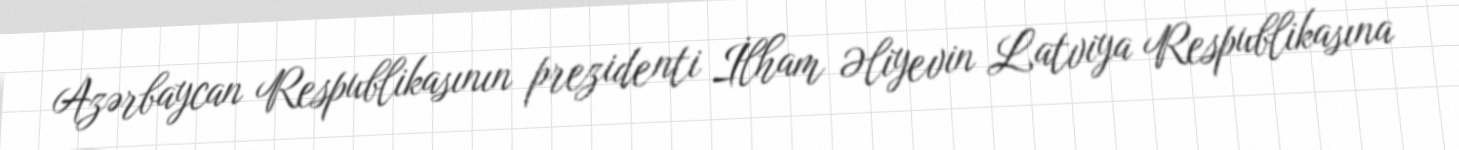
Azərbaycan Respublikasının prezidenti İlham Əliyevin Latviya Respublikasına